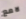
لامع